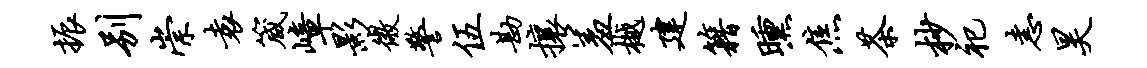
振别崇袁箴嶂影微警伍勘攘羞樾建籍曛焦茶杪祀恚昊